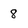
Character: 8